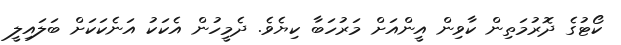
ކޯޓުގެ ދޮރުމަތިން ކާވިން އީންއަށް މަރުހަބާ ކިޔެވެ. ދެމީހުން އެކަކު އަނެކަކަށް ބަލައިލީ